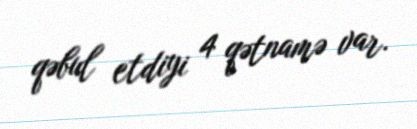
qəbul etdiyi 4 qətnamə var.